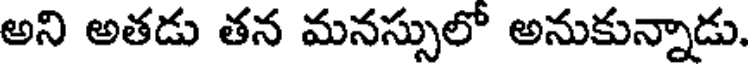
అని అతడు తన మనస్సులో అనుకున్నాడు.